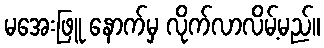
မအေးဖြူ နောက်မှ လိုက်လာလိမ့်မည်။